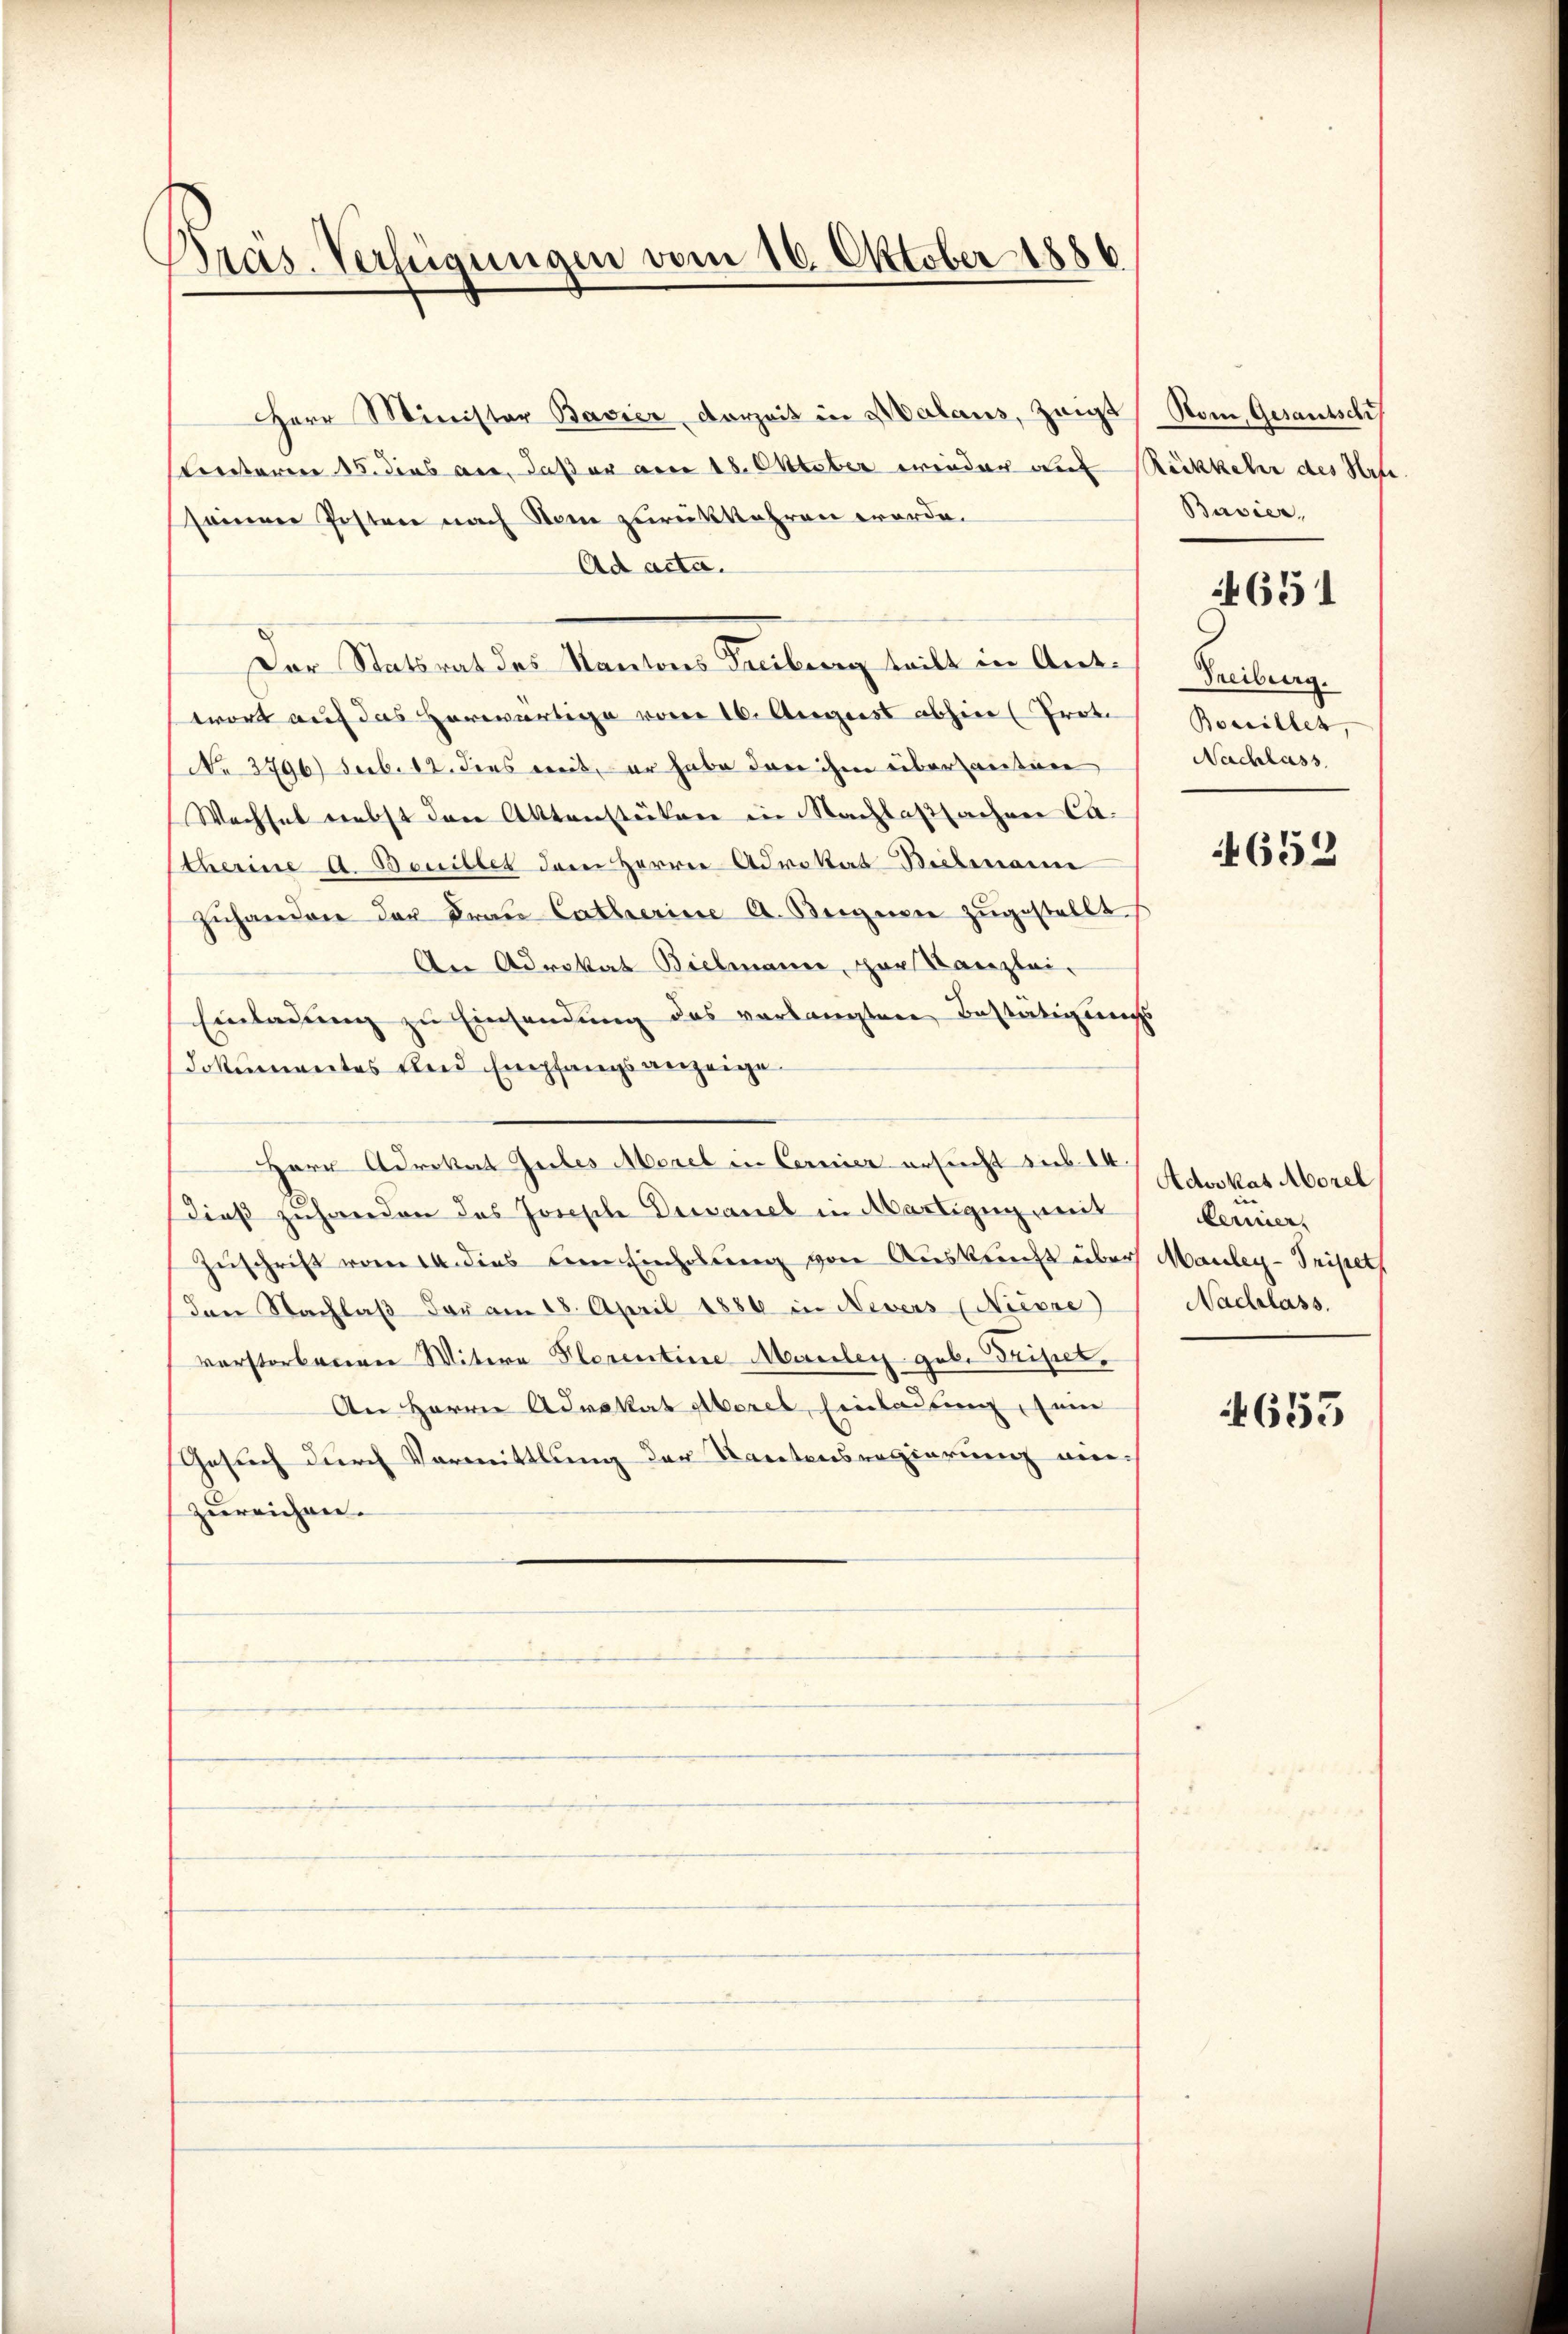
Präs. Verfügungen vom 16. Oktober 1886

Herr Minister Bavier vorzeit in Malans, zeigt Rom, Gesantschi
nterm 15. dies an, daß er am 18. Oktober wieder auf Rückkehr des Hrn.
seinen Posten nach See zurückkehren worde.
Ad acta.
Dor Statsrat des Kantons Freiburg teilt in Ant.
wort auf das Horwärtige vor 16. August abhin (Prot
No 3796) sub. 12. dies weit, er habe dan ihm überantin
Wachsel nebst der Aktenstücken in Nachlaslachen Catherine A. Bouillet dem Herrn Advokat Bielmann
zŭhandere der Fraŭ Catherine A. Beignen zŭgestellt.
An Advokat Bielmann, zur Kanzlei-
Einladung zu Einsendung des verlangten Bestätigungs
Jokumentes kleid Empfangsanzeige
Herr Advokat Gutes Morel in Cernier ersucht sub 14.
Dieß zuhanden des Joseph Dessamel in Martigug mit
Zuschrift vom 14. dies dem Einholung von Auskunft über Mauley-Pripeth
Dan Nachlaß der am 18. April 1886 in Nevers (Neevre)
verstorbenen Witwe Florentine Maulen geb. Tripet.
An Herrn Advokat Morel, Einladung, sein
Gesuch durch Vormittlung der Kantonsregierung einzureichen.

Bavier,

4651

Freiburg.
Bossillet,
Nachlass

4652

Advokat Morel
ernier.
Nachlass.

4653